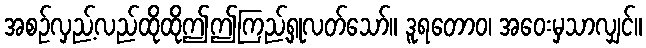
အစဉ်လှည့်လည်ထိုထိုဤဤကြည့်ရှုလတ်သော်။ ဒူရတောဝ၊ အဝေးမှသာလျှင်။